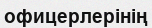
офицерлерінің